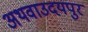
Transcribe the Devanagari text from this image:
अथवाउदयपुर